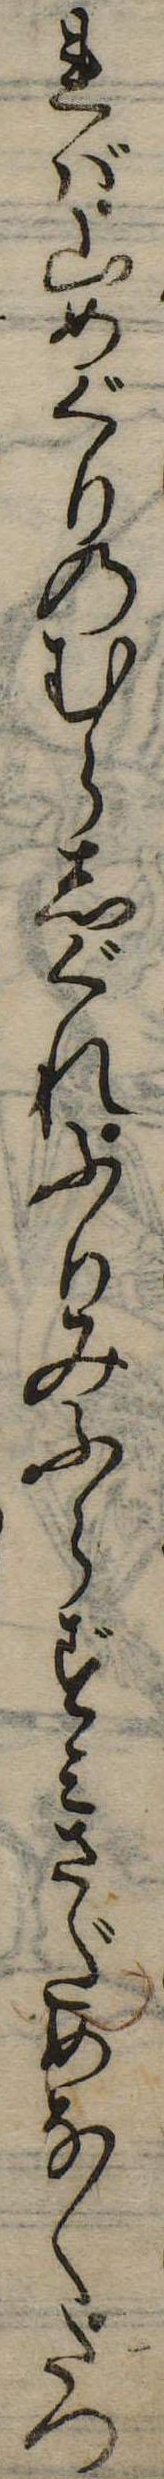
れば山めぐりのむらしぐれふりみふらずみさだめなくたつ